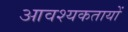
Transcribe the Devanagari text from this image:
आवश्यकतायों